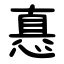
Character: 㥲